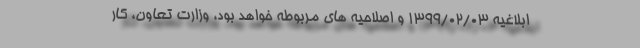
ابلاغیه ۱۳۹۹/۰۲/۰۳ و اصلاحیه های مربوطه خواهد بود، وزارت تعاون، کار